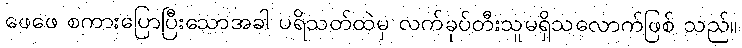
ဖေဖေ စကားပြောပြီးသောအခါ ပရိသတ်ထဲမှ လက်ခုပ်တီးသူမရှိသလောက်ဖြစ် သည်။